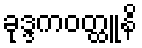
ခုဒ္ဒကဝတ္ထူနိ